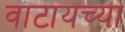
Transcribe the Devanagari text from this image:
वाटायच्या